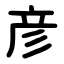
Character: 彦